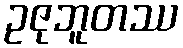
ဥဇုဘူတဿ